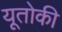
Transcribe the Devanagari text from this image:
यूतोकी